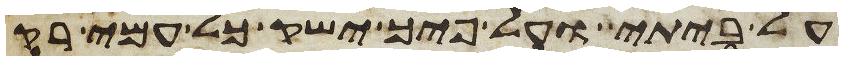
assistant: על ביתי ועל פיך ישק כל עמי רק